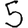
Digit: 5